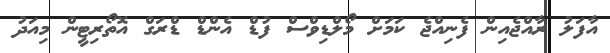
އާފަލު ރާއްޖެއިން ފެނިއްޖެ ކަމަށް މޯލްޑިވްސް ފުޑް އެންޑް ޑްރަގް އޮތޯރިޓީން މިއަދު